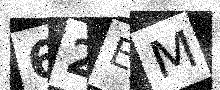
Text: 62EM